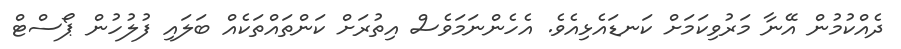
ދެއްކުމުން އޭނާ މަރުވިކަމަށް ކަނޑައެޅިއެވެ. އެހެންނަމަވެސް އިތުރަށް ކަންތައްތަކެއް ބަލައި ފުލުހުން ޕޯސްޓް